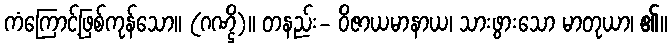
ကံကြောင့်ဖြစ်ကုန်သော။ (ဂဏ္ဌိ)။ တနည်း- ဝိဇာယမာနာယ၊ သားဖွားသော မာတုယာ၊ ၏။